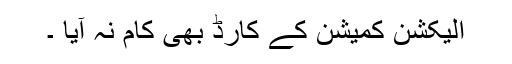
الیکشن کمیشن کے کارڈ بھی کام نہ آیا ۔